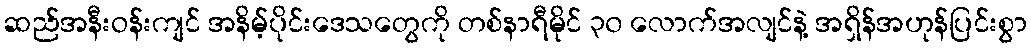
ဆည်အနီးဝန်းကျင် အနိမ့်ပိုင်းဒေသတွေကို တစ်နာရီမိုင် ၃၀ လောက်အလျင်နဲ့ အရှိန်အဟုန်ပြင်းစွာ